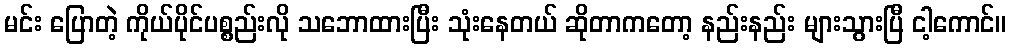
မင်း ပြောတဲ့ ကိုယ်ပိုင်ပစ္စည်းလို သဘောထားပြီး သုံးနေတယ် ဆိုတာကတော့ နည်းနည်း များသွားပြီ ငါ့ကောင်။